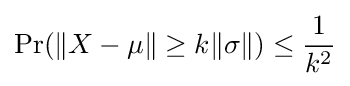
\Pr(\|X-\mu \|\geq k\|\sigma \|)\leq {\frac {1}{k^{2}}}